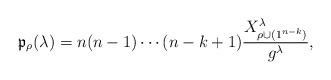
LaTeX: \begin{gather*}\mathfrak{p}_\rho(\lambda)= n(n-1)\cdots (n-k+1) \frac{X^{\lambda}_{\rho \cup (1^{n-k})}}{g^\lambda},\end{gather*}